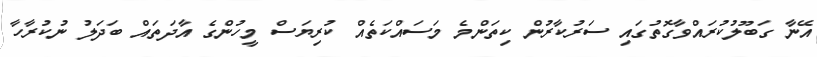
އޭނާ ގަބޫލުކުރައްވާގޮތުގައި ސަރުކާރުން ކިތަންމެ މަސައްކަތެއް ކުރިޔަސް މީހުންގެ އާދަތައް ބަދަލު ނުކުރާހާ